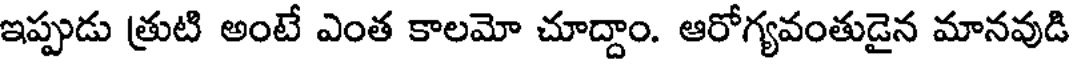
ఇప్పుడు త్రుటి అంటే ఎంత కాలమో చూద్దాం. ఆరోగ్యవంతుడైన మానవుడి